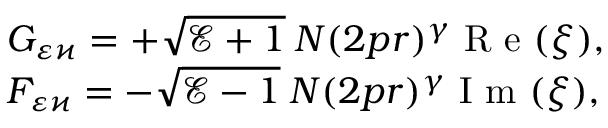
\begin{array} { l } { G _ { \varepsilon \varkappa } = + \sqrt { \mathcal { E } + 1 } \: N ( 2 p r ) ^ { \gamma } \mathrm { ~ R ~ e ~ } ( \xi ) , } \\ { F _ { \varepsilon \varkappa } = - \sqrt { \mathcal { E } - 1 } \: N ( 2 p r ) ^ { \gamma } \mathrm { ~ I ~ m ~ } ( \xi ) , } \end{array}